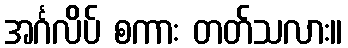
အင်္ဂလိပ် စကား တတ်သလား။